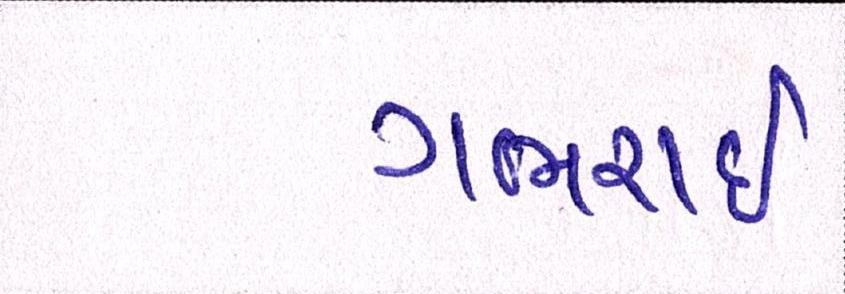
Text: ગભરાઇ